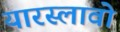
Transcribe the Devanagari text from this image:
यारस्लावो